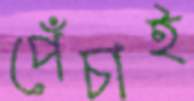
পেঁচাই